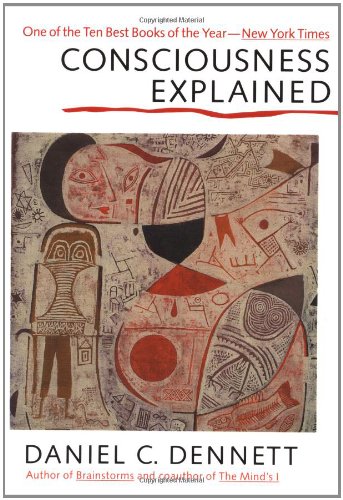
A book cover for Consciousness Explained; Daniel C. Dennett; Politics & Social Sciences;